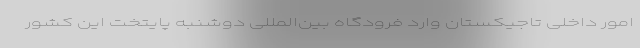
امور داخلی تاجیکستان وارد فرودگاه بین‌المللی دوشنبه پایتخت این کشور